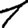
Digit: 1